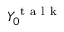
Y _ { 0 } ^ { \mathrm { ~ t ~ a ~ l ~ k ~ } }